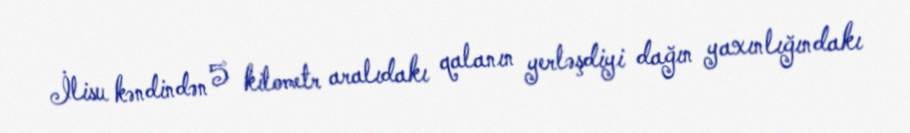
İlisu kəndindən 5 kilometr aralıdakı qalanın yerləşdiyi dağın yaxınlığındakı